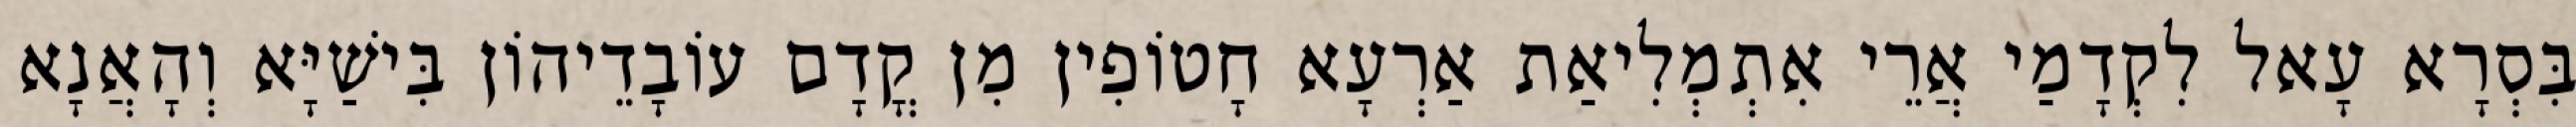
בִּסְרָא עָאל לִקְדָמַי אֲרֵי אִתְמְלִיאַת אַרְעָא חָטוֹפִין מִן קֳדָם עוֹבָדֵיהוֹן בִּישַׁיָּא וְהָאֲנָא